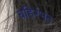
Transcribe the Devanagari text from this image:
बहिरंभट